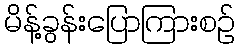
မိန့်ခွန်းပြောကြားစဉ်